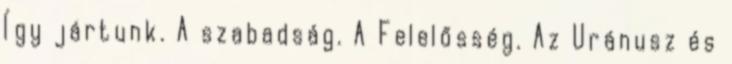
Így jártunk. A szabadság. A Felelősség. Az Uránusz és